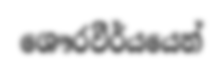
ශෞරවීර්යයෙන්